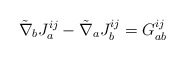
\begin{align*}{\tilde{\nabla}}_{b}J^{ij}_{a}- {\tilde{\nabla}}_{a}J^{ij}_{b}= G_{ab}^{ij}\end{align*}